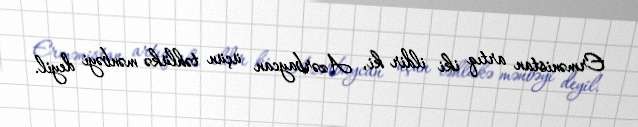
Ermənistan artıq iki ildir ki, Azərbaycan üçün təhlükə mənbəyi deyil.